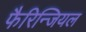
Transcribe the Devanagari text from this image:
फैरिन्जियल